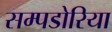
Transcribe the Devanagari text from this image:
सम्पडोरिया